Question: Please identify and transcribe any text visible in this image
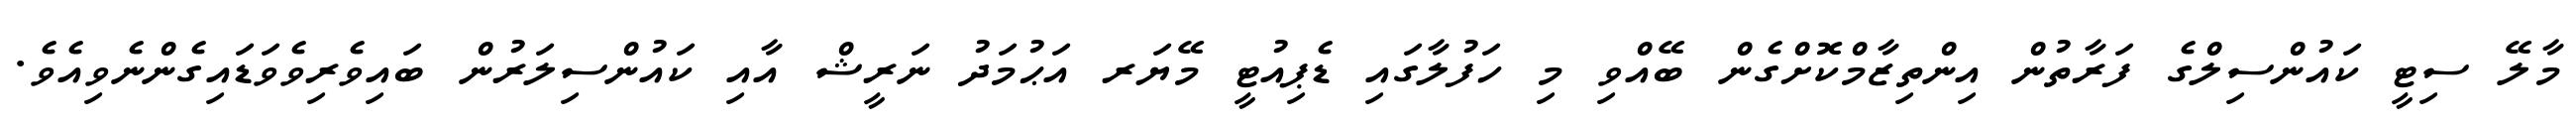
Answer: މާލޭ ސިޓީ ކައުންސިލްގެ ފަރާތުން އިންތިޒާމްކޮށްގެން ބޭއްވި މި ހަފުލާގައި ޑެޕިއުޓީ މޭޔަރ އަޙުމަދު ނަރީޝް އާއި ކައުންސިލަރުން ބައިވެރިވެވަޑައިގެންނެވިއެވެ.